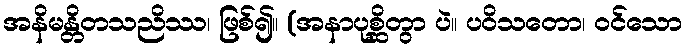
အနိမန္တိတသညိဿ၊ ဖြစ်၍။ (အနာပုစ္ဆိတွာ ပဲ။ ပဝိသတော၊ ဝင်သော